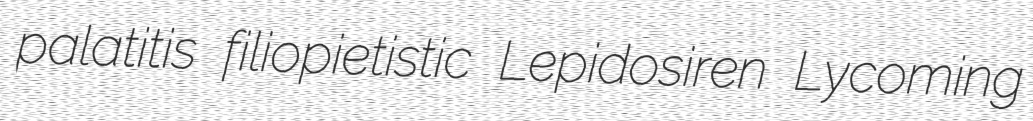
palatitis filiopietistic Lepidosiren Lycoming